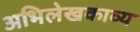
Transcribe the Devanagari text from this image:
अभिलेखकाव्य